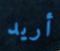
أريد